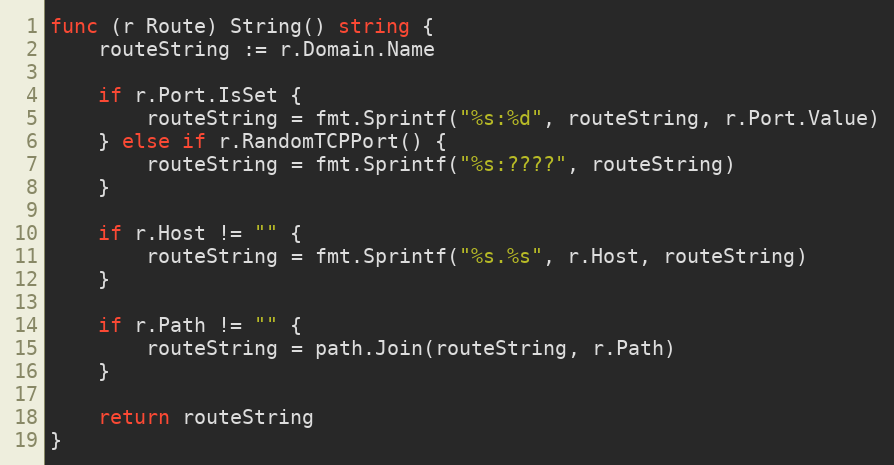
Language: Go
func (r Route) String() string {
	routeString := r.Domain.Name

	if r.Port.IsSet {
		routeString = fmt.Sprintf("%s:%d", routeString, r.Port.Value)
	} else if r.RandomTCPPort() {
		routeString = fmt.Sprintf("%s:????", routeString)
	}

	if r.Host != "" {
		routeString = fmt.Sprintf("%s.%s", r.Host, routeString)
	}

	if r.Path != "" {
		routeString = path.Join(routeString, r.Path)
	}

	return routeString
}